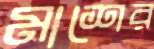
মাশের